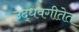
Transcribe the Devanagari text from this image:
उद्धवगीतेत